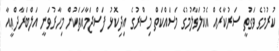
ކުރުމުގެ ވަގުތީ ސަރުކާރެއް އެކުލަވާލުމުގެ މަސައްކަތް މިސްރުގެ އިދިކޮޅު ފަސްޖަމާއަތަކުން މިހާރުވަނީ އަލްބަރާދްޢީއާ